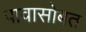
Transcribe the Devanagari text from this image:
पावासोबत